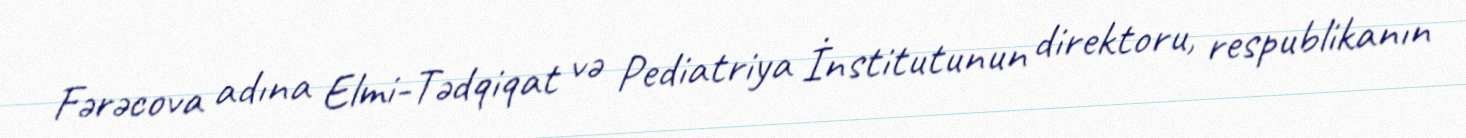
Fərəcova adına Elmi-Tədqiqat və Pediatriya İnstitutunun direktoru, respublikanın